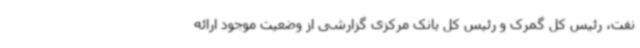
نفت، رئیس کل گمرک و رئیس کل بانک مرکزی گزارشی از وضعیت موجود ارائه